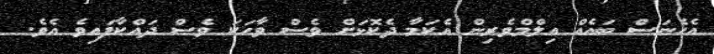
އެހެނަސް ބައެއް އިލްމްވެރިން އެކަމާ ދެކޮޅަށް ވެސް ވާހަކަ ވެސް ދައްކާފައިވެ އެވެ.